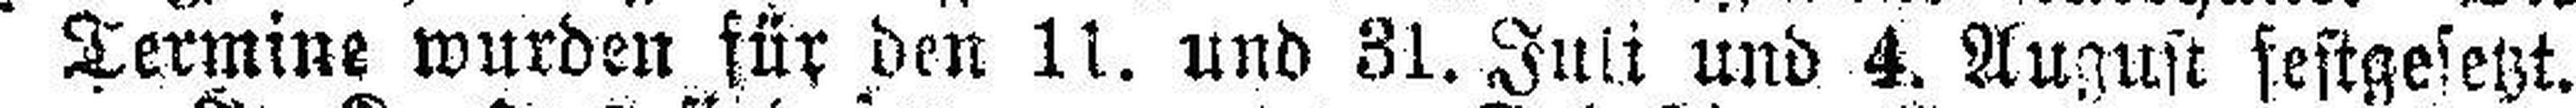
Termine wurden für den 11. und 31. Juli und 4. August festgesetzt.